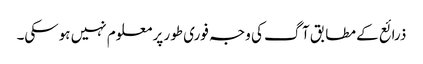
ذرائع کے مطابق آگ کی وجہ فوری طور پر معلوم نہیں ہوسکی۔